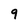
Character: 9